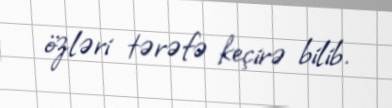
özləri tərəfə keçirə bilib.